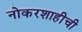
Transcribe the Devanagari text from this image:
नोकरशाहीची